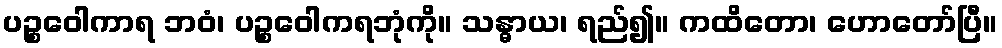
ပဉ္စဝေါကာရ ဘဝံ၊ ပဉ္စဝေါကရဘုံကို။ သန္ဓာယ၊ ရည်၍။ ကထိတော၊ ဟောတော်ပြီ။